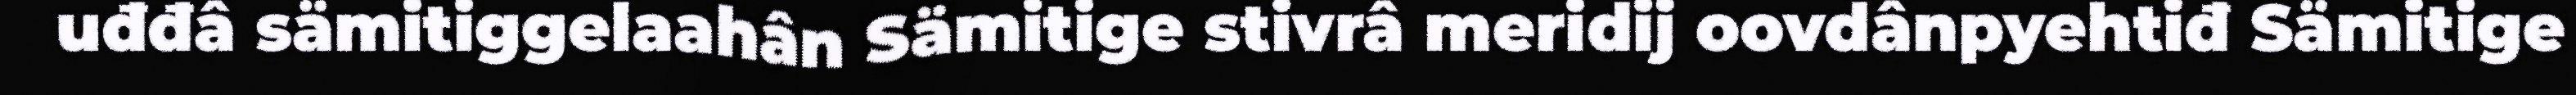
uđđâ sämitiggelaahân Sämitige stivrâ meridij oovdânpyehtiđ Sämitige